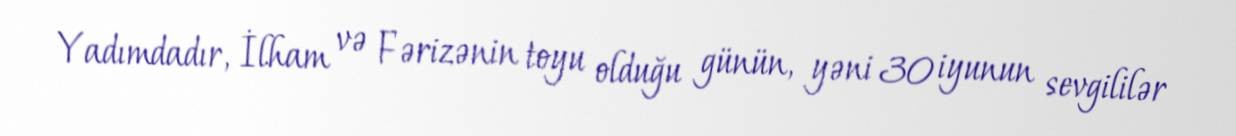
Yadımdadır, İlham və Fərizənin toyu olduğu günün, yəni 30 iyunun sevgililər